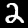
Label: 2